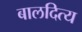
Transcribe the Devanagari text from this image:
बालदित्य